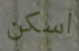
اسكن